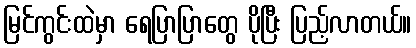
မြင်ကွင်းထဲမှာ ရေပြာပြာတွေ ပိုပြီး ပြည့်လာတယ်။